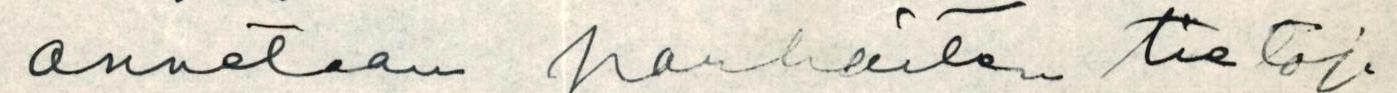
annetaan parhaiten tietoja